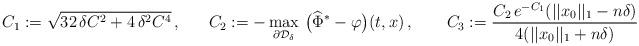
LaTeX: \begin{align*}C_1:=\sqrt{32\, \delta C^2 + 4\, \delta^2 C^4}\,,\ \ \ \ \ C_2:= - \max_{\partial \mathcal{D}_{\delta}} \, \big(\widehat{\Phi}^* - \varphi \big)(t,x)\,, \ \ \ \ \ \ C_3:=\frac{C_2\, e^{-C_1}(||x_0||_1-n\delta)}{4(||x_0||_1 + n\delta)}\end{align*}